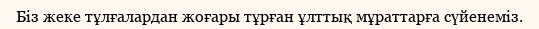
Бiз жеке тұлғалардан жоғары тұрған ұлттық мұраттарға сүйенемiз.